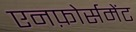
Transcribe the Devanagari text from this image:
एनफ़ोर्समेंट